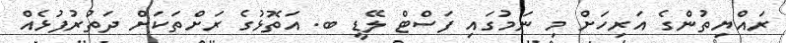
ރައްޔިތުންގެ އަރިހަށް މި ނަމުގައި ފަސްޓް ލޭޑީ ބ. އަތޮޅުގެ ރަށްތަކަށް ދަތުރުފުޅެއް